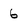
Character: 6